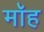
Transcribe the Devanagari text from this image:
मॉह